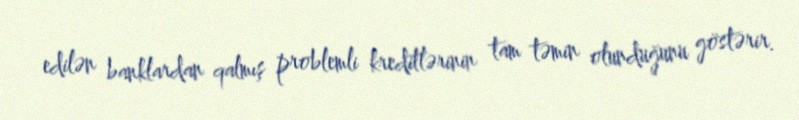
edilən banklardan qalmış problemli kreditlərinin tam təmin olunduğunu göstərir.